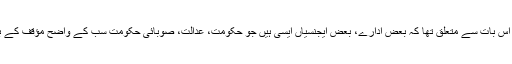
اُن کے الفاظ میں: ’یہ سوال بنیادی طور پر اِس بات سے متعلق تھا کہ بعض ادارے، بعض ایجنسیاں ایسی ہیں جو حکومت، عدالت، صوبائی حکومت سب کے واضح مؤقف کے باوجود بھی لوگوں کو اُٹھاکر لے جاتےہیں۔